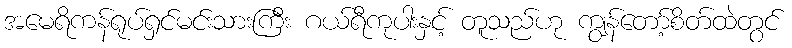
အမေရိကန်ရုပ်ရှင်မင်းသားကြီး ဂယ်ရီကုပါးနှင့် တူသည်ဟု ကျွန်တော့်စိတ်ထဲတွင်